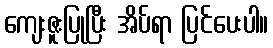
ကျေးဇူးပြုပြီး အိပ်ရာ ပြင်ပေးပါ။